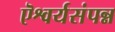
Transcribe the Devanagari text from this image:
ऎश्वर्यसंपन्न